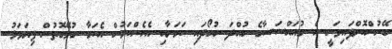
ބޭނުންކޮށްފައިވަނީ އެ މުއައްސަސާގެ ހުއްދަ ނުހޯދައި ކަމަށާއި އެހެންކަމުން އެކަމާ ގުޅޭގޮތުން ފިޔަވަޅު